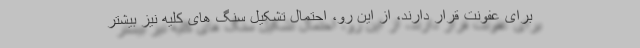
برای عفونت قرار دارند، از این رو، احتمال تشکیل سنگ های کلیه نیز بیشتر